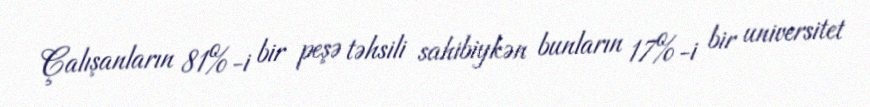
Çalışanların 81%-i bir peşə təhsili sahibiykən bunların 17%-i bir universitet